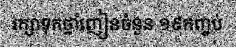
រក្សាទុកថ្នាំញៀនចំនួន ១៩កញ្ចប់